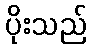
ပိုးသည်